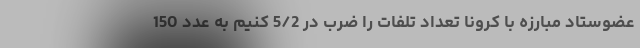
عضوستاد مبارزه با کرونا تعداد تلفات را ضرب در 5/2 کنیم به عدد 150